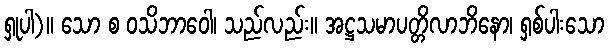
ရှုပါ)။ သော စ ဝသိဘာဝေါ၊ သည်လည်း။ အဋ္ဌသမာပတ္တိလာဘိနော၊ ရှစ်ပါးသော